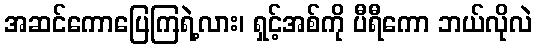
အဆင်ကောပြေကြရဲ့လား၊ ရှင့်အစ်ကို ပီရီကော ဘယ်လိုလဲ